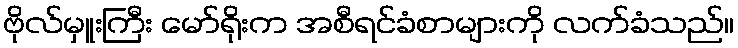
ဗိုလ်မှူးကြီး မော်ရိုးက အစီရင်ခံစာများကို လက်ခံသည်။